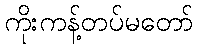
ကိုးကန့်တပ်မတော်